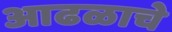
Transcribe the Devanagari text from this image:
आढळाचे